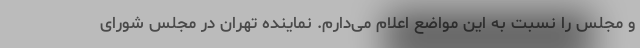
و مجلس را نسبت به این مواضع اعلام می‌دارم. نماینده تهران در مجلس شورای